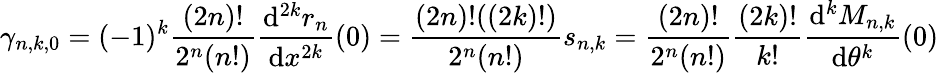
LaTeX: \gamma_{n,k,0}=(-1)^{k}\frac{(2n)!}{2^{n}(n!)}\frac{\mathrm{d}^{2k}r_{n}}{\mathrm{d}x^{2k}}(0)=\frac{(2n)!((2k)!)}{2^{n}(n!)}s_{n,k}=\frac{(2n)!}{2^{n}(n!)}\frac{(2k)!}{k!}\frac{\mathrm{d}^{k}M_{n,k}}{\mathrm{d}\theta^{k}}(0)